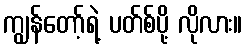
ကျွန်တော့်ရဲ့ ပတ်စ်ပို့ လိုလား။